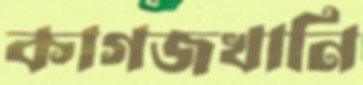
কাগজখানি